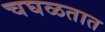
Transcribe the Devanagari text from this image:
चघळतात